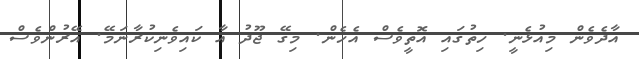
އާދެވެން މިއުޅެނީ. ހިތުގައި އޮތީވެސް އެހެން. މިގޭ ޖޫދު އާ ކައިވެނިކުރާނަމޭ. އޭރުންވެސް